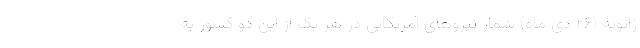
ژانویه (۲۶ دی ماه) شمار نیروهای آمریکایی در هر یک از این دو کشور به